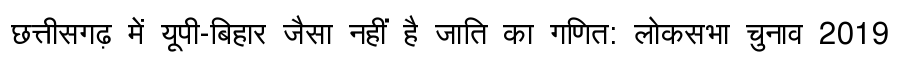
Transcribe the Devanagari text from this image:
छत्तीसगढ़ में यूपी-बिहार जैसा नहीं है जाति का गणित: लोकसभा चुनाव 2019